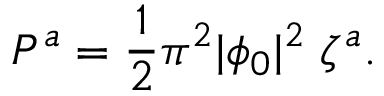
P ^ { a } = { \frac { 1 } { 2 } } \pi ^ { 2 } | \phi _ { 0 } | ^ { 2 } \; \zeta ^ { a } .